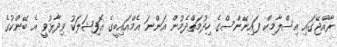
ރާއްޖޭގައި އިސްލާމިކް ފައިނޭންސްގެ ހިދުމަތްދެމުން އަންނަ އެމްއައިބީގެ އޮފިޝަލަކު ވިދާޅުވީ އެ ބޭންކުގެ